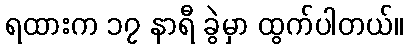
ရထားက ၁၇ နာရီ ခွဲမှာ ထွက်ပါတယ်။